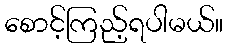
စောင့်ကြည့်ရပါမယ်။